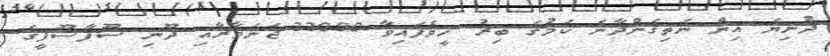
ދުނިޔެ އިން ނެތިގެންދާނެ ކަމުގެ ބިރު ހީވެފައިވާ 33000 ޖަނަވާރާއި ދޫނި ސޫފާސޫފީގެ